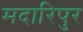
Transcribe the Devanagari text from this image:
मदारिपुर